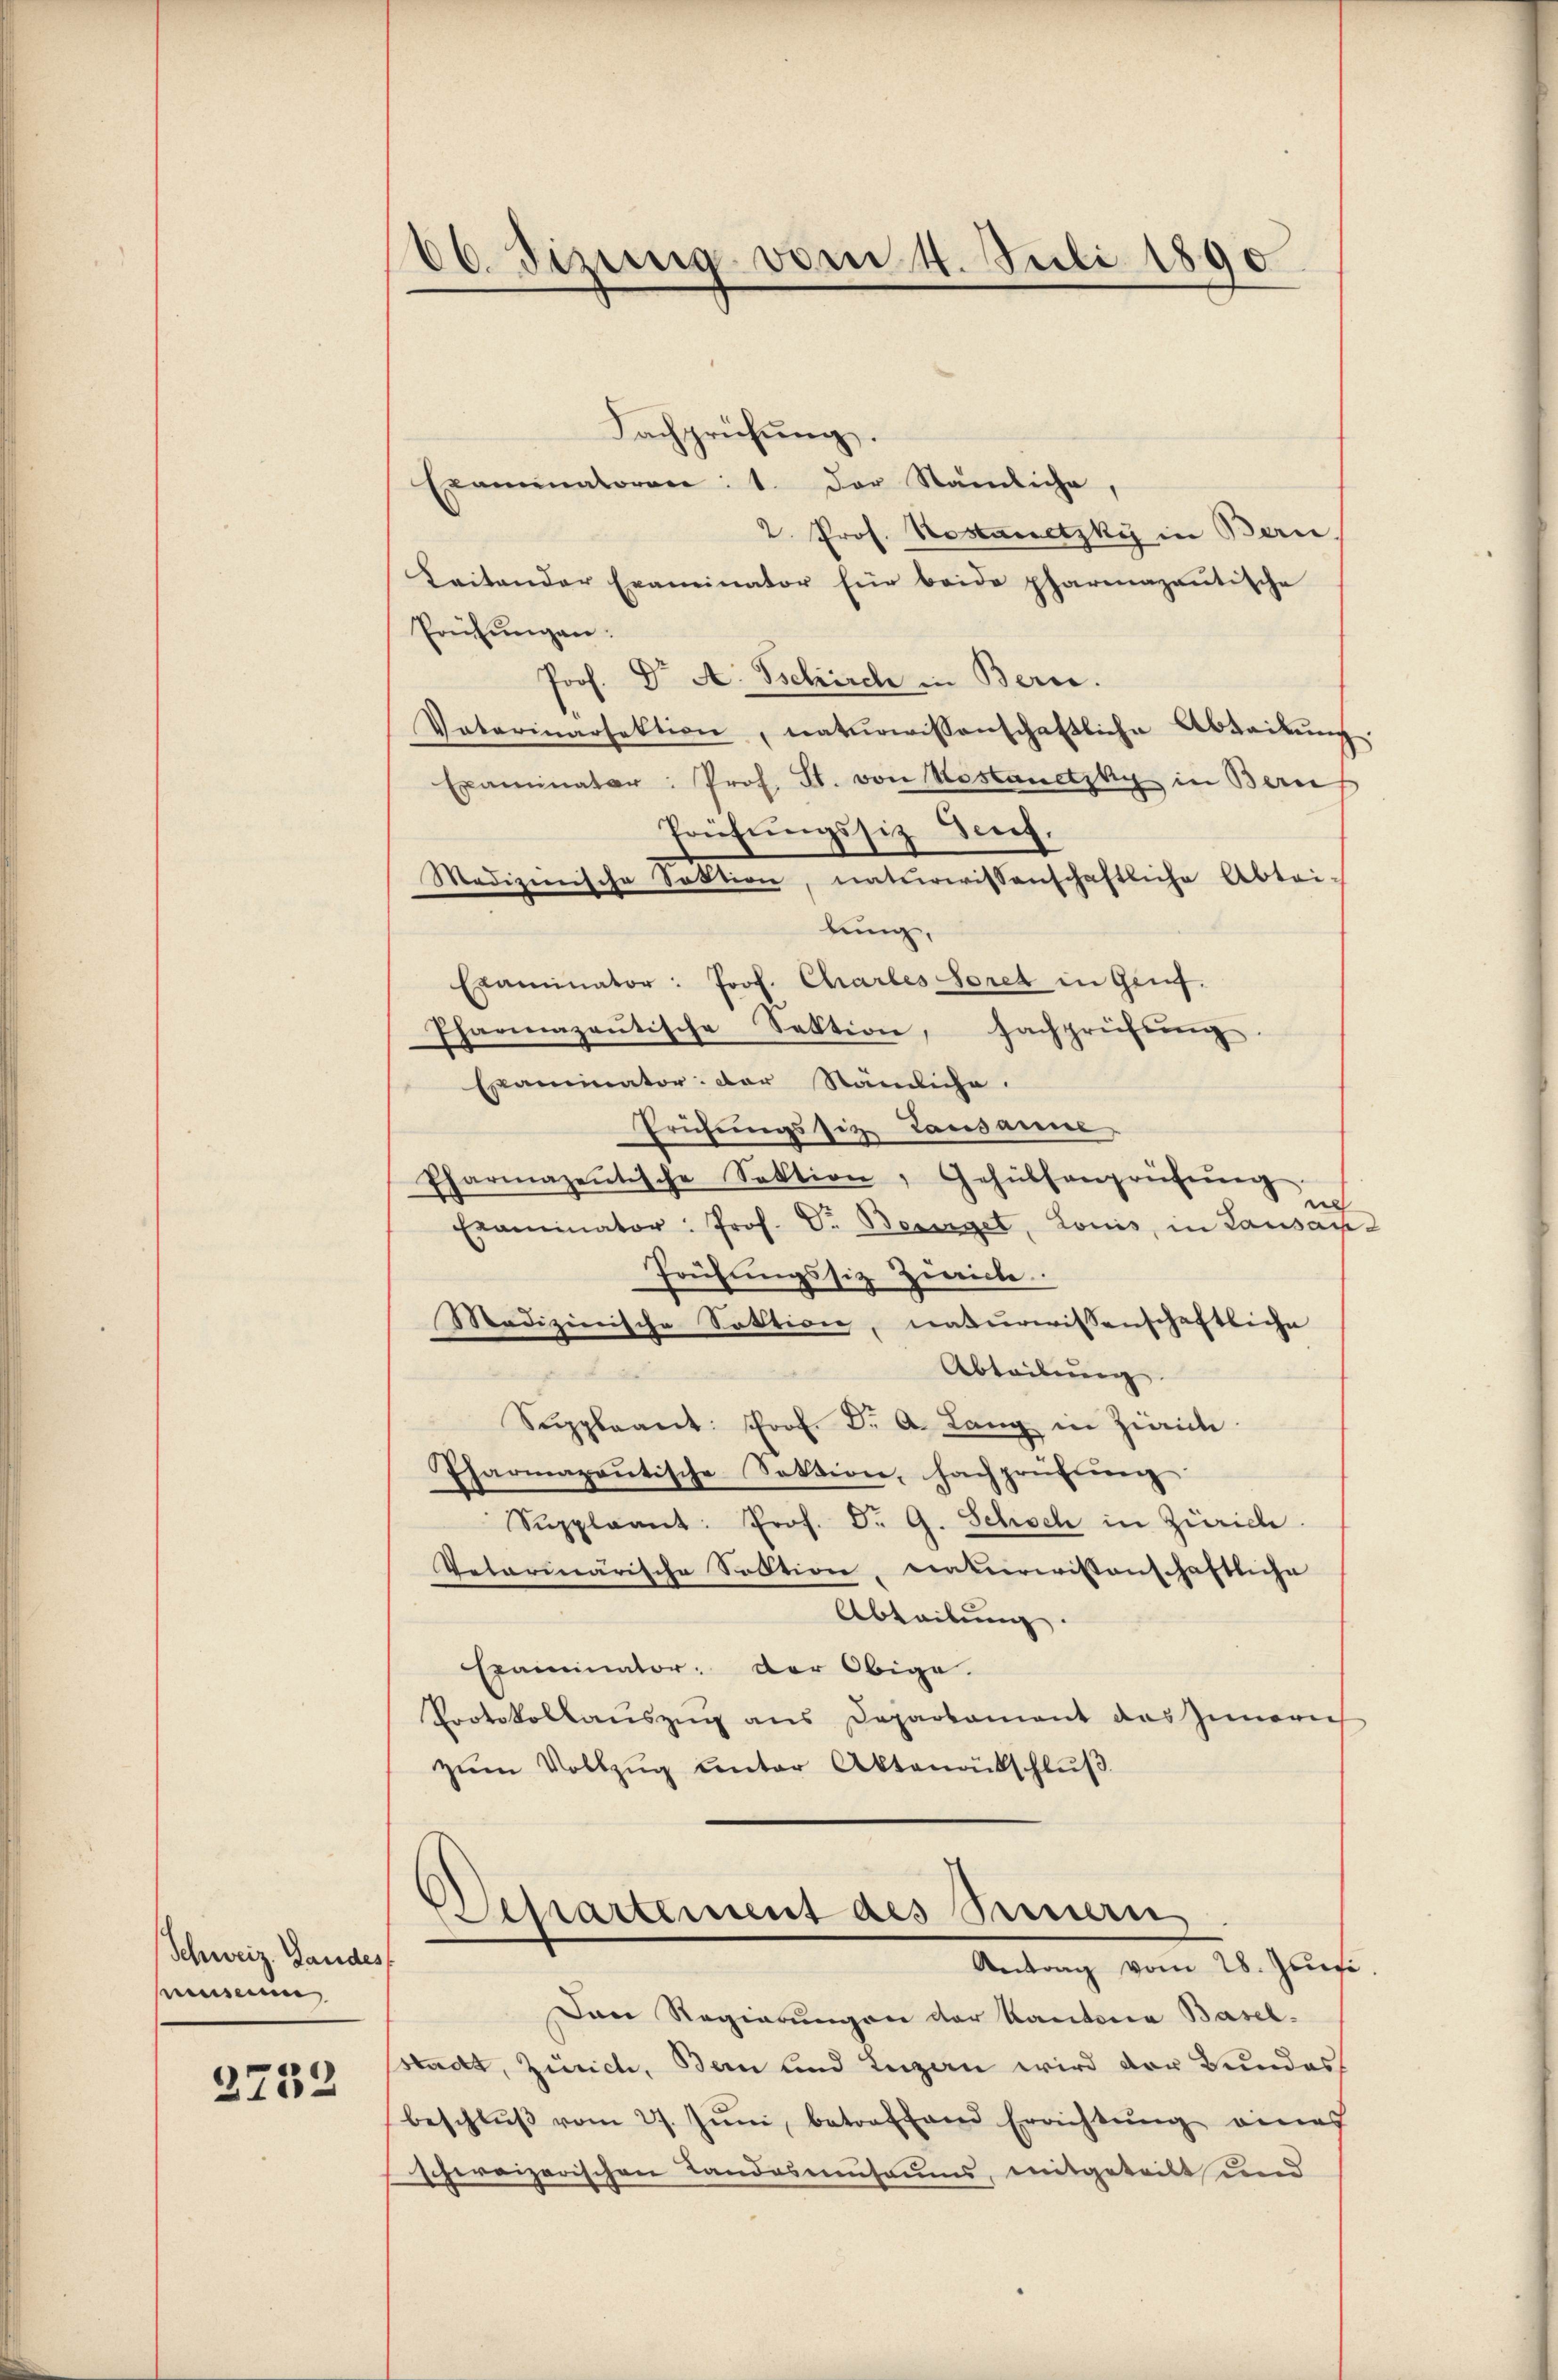
Schweiz. Gandes,
museum

2732

66. Fizung vom 4. Juli 1890

Fachprüfŭng.
Examinatoren: 1. Der Nämliche,
2. Prof. Kostametzky in Bern,
Kaitander Examinator für beide pharmazantische
Preisungen:
Prof. Dr A. Schirch in Bern.
Votarinarfaktion, naturwissenschaftliche Abteilŭng
Examinatar: Prof. St. von Kostanetzky in Beruf
Prüfungssiz Genf.
Medizinische Sektion, unterwissenschaftliche Abtri-
lung,
Examinator: Prof. Chartes Soret in Genf.
Pharmazaŭtische Sektion, Fachprüfung
Examinator der Nämliche.
Prüfungssitz Lausanne
Pharmazentische Sektion, Gehülfenprüfŭng
af
Examinator: Prof. Dr. Besinget, Louis, in Lausan
Früfŭngssitz Zwicke
Medizinische Sektion, naturwissenschaftliche
Abtribung
Suppleant: Prof. Dr. A. Lang in Zürich
Pharmapoṅtische Sektion, hachprüfŭng
Suppleant: Prof. Dr. G. Schoch in Zürich.
Vetarinarische Sektion, naturwissenschaftliche
Abteilung.
Examinator: der Obige.
Protokollaŭszŭg ans Departament das Zimerich
zŭm Vollzŭg ŭnter Aktenabschlŭβ
Departement des Sinnern
d
Antrag vom 28. Juni
Dan Regierungen der Kantone Basel-
stadt, Zürich, Bau und Luzan wird der Bundes
beschlŭβ vom 27. Jŭni, betreffend Errichtŭng eines
schereizerischen Landasmuseums, mitgeteilt und